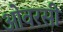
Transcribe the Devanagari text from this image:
ओवरसी